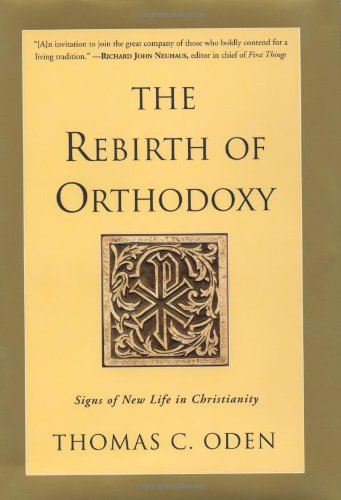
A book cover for The Rebirth of Orthodoxy: Signs of New Life in Christianity; Thomas C. Oden; Christian Books & Bibles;